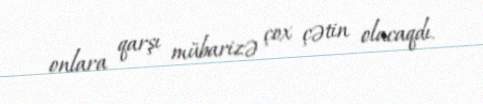
onlara qarşı mübarizə çox çətin olacaqdı.